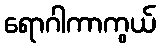
ရောဂါကာကွယ်